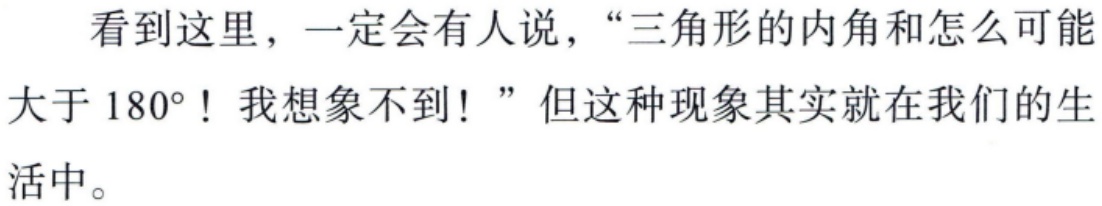
看到这里，一定会有人说，“三角形的内角和怎么可能大于 \(180^{\circ}\)！我想象不到！” 但这种现象其实就在我们的生活中。